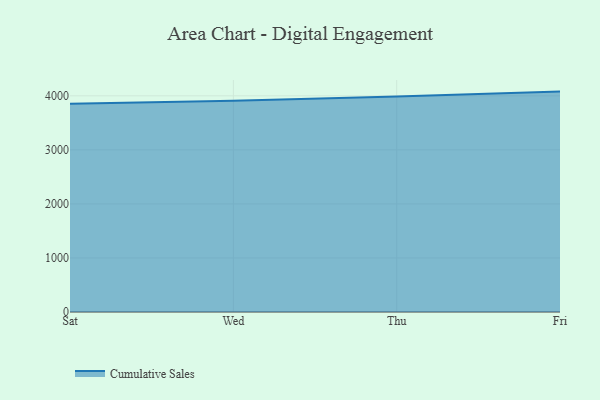
{"axis": {"x": "Day", "y": "LTV (USD)"}, "legend": ["Cumulative Sales"], "data": [{"x": "Sat", "y": 3854.9, "type": "Cumulative Sales"}, {"x": "Wed", "y": 3910.9, "type": "Cumulative Sales"}, {"x": "Thu", "y": 3989.1, "type": "Cumulative Sales"}, {"x": "Fri", "y": 4078.7, "type": "Cumulative Sales"}]}